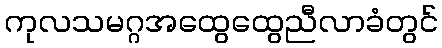
ကုလသမဂ္ဂအထွေထွေညီလာခံတွင်